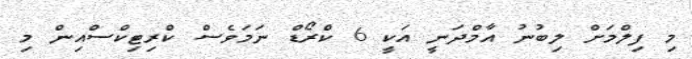
މި ފިލްމަށް ލިބުނު އާމްދަނީ އަކީ 6 ކްރޯޑް ނަމަވެސް ކްރިޓިކްސްއިން މި